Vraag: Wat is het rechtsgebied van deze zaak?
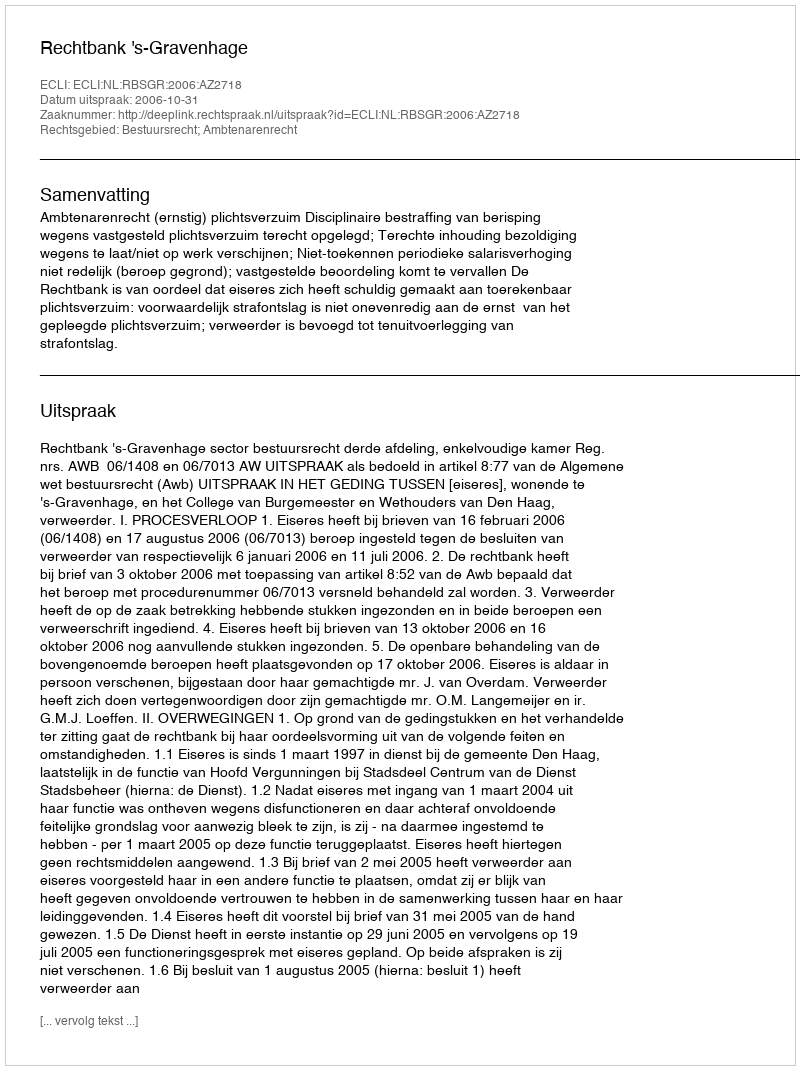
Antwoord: Bestuursrecht; Ambtenarenrecht